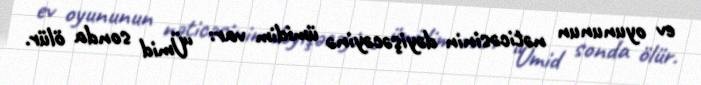
ev oyununun nəticəsinin dəyişəcəyinə ümidim var: “Ümid sonda ölür.